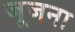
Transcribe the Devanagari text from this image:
जूजना